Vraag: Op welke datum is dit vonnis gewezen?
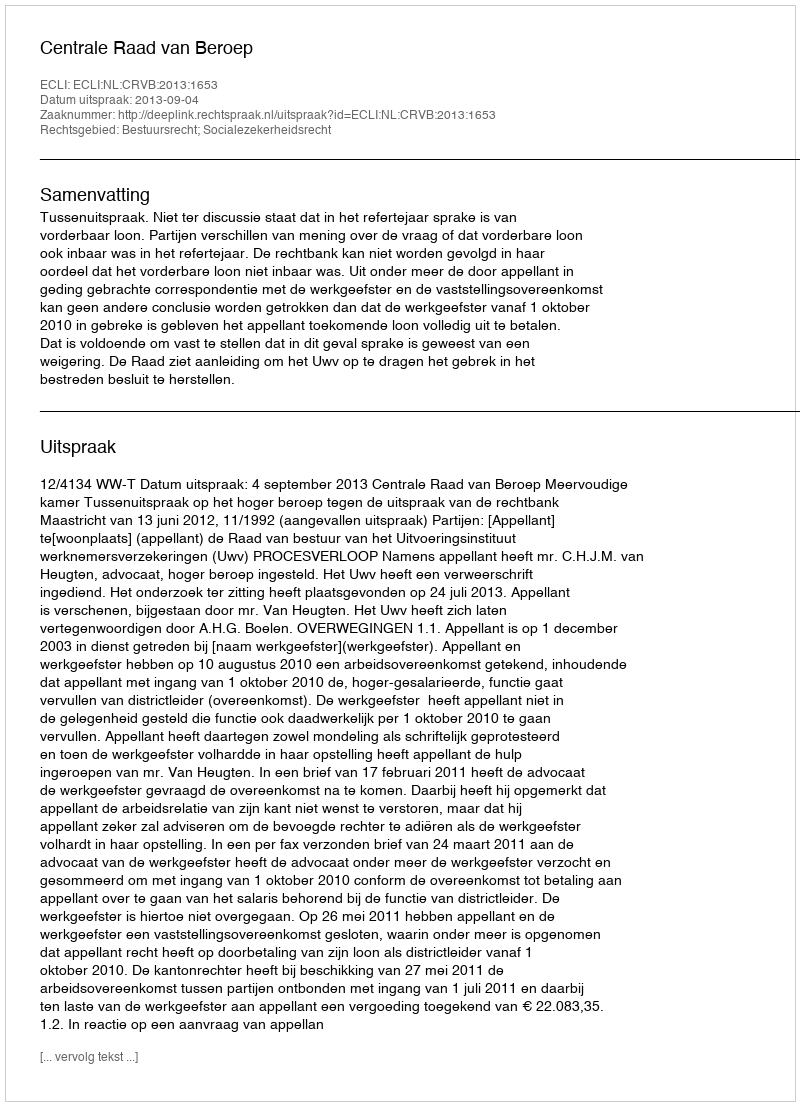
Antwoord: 2013-09-04